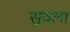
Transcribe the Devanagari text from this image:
सूवला